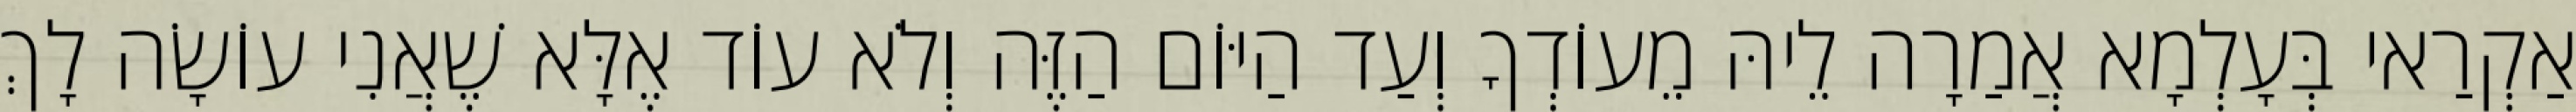
אַקְרַאי בְּעָלְמָא אֲמַרָה לֵיהּ מֵעוֹדְךָ וְעַד הַיּוֹם הַזֶּה וְלֹא עוֹד אֶלָּא שֶׁאֲנִי עוֹשָׂה לָךְ